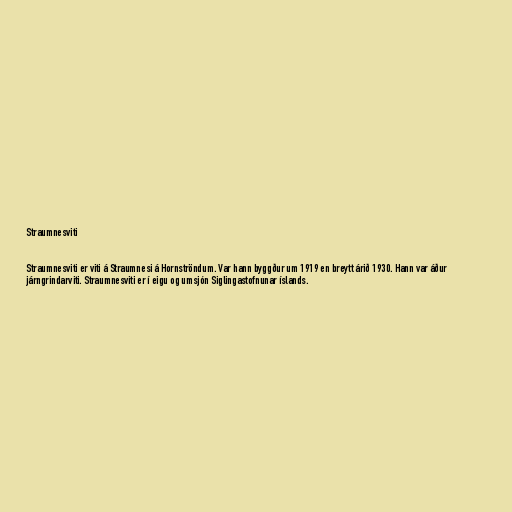
Straumnesviti

Straumnesviti er viti á Straumnesi á Hornströndum. Var hann byggður um 1919 en breytt árið 1930. Hann var áður
járngrindarviti. Straumnesviti er í eigu og umsjón Siglingastofnunar íslands.